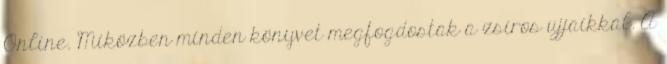
Online. Miközben minden könyvet megfogdostak a zsíros ujjaikkal. A